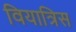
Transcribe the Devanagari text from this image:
वियात्रिस